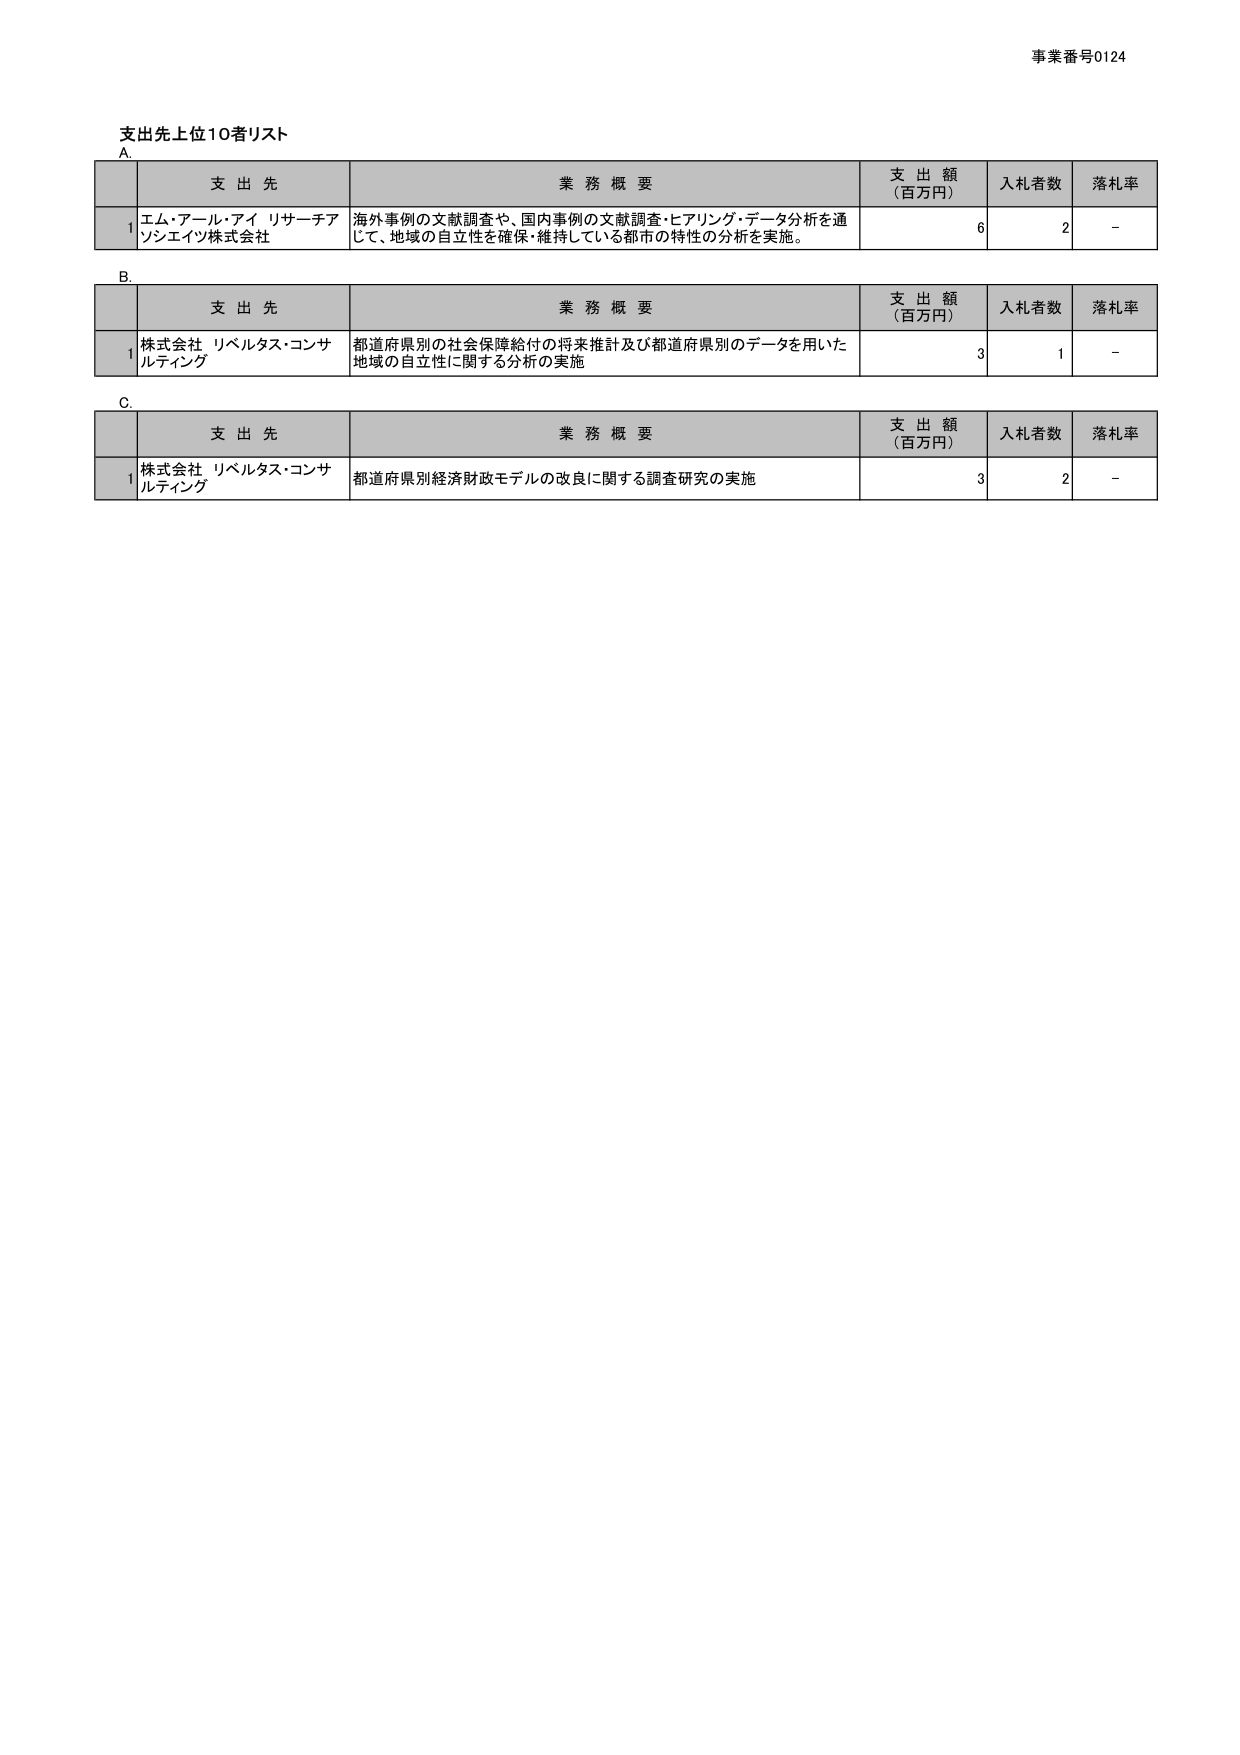
事業番号0124

支出先上位10者リスト

A.
支 出 先 業 務 概 要 支 出 額 （百万円） 入札者数 落札率
1 エム・アール・アイ リサーチアソシエイツ株式会社 海外事例の文献調査や、国内事例の文献調査・ヒアリング・データ分析を通じて、地域の自立性を確保・維持している都市の特性の分析を実施。 6 2 -

B.
支 出 先 業 務 概 要 支 出 額 （百万円） 入札者数 落札率
1 株式会社 リベルタス・コンサルティング 都道府県別の社会保障給付の将来推計及び都道府県別のデータを用いた地域の自立性に関する分析の実施 3 1 -

C.
支 出 先 業 務 概 要 支 出 額 （百万円） 入札者数 落札率
1 株式会社 リベルタス・コンサルティング 都道府県別経済財政モデルの改良に関する調査研究の実施 3 2 -